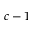
c - 1